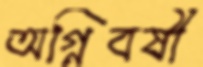
অগ্নিবর্ষী